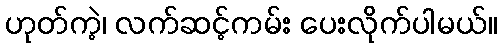
ဟုတ်ကဲ့၊ လက်ဆင့်ကမ်း ပေးလိုက်ပါမယ်။